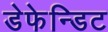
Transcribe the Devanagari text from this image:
डेफेन्डिट